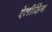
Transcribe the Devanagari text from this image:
ऐलीसिन